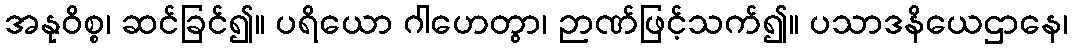
အနုဝိစ္စ၊ ဆင်ခြင်၍။ ပရိယော ဂါဟေတွာ၊ ဉာဏ်ဖြင့်သက်၍။ ပသာဒနိယေဌာနေ၊